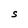
Character: S